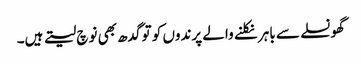
گھونسلے سے باہر نکلنے والے پرندوں کو تو گدھ بھی نوچ لیتے ہیں۔